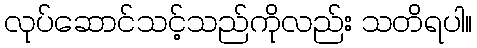
လုပ်ဆောင်သင့်သည်ကိုလည်း သတိရပါ။